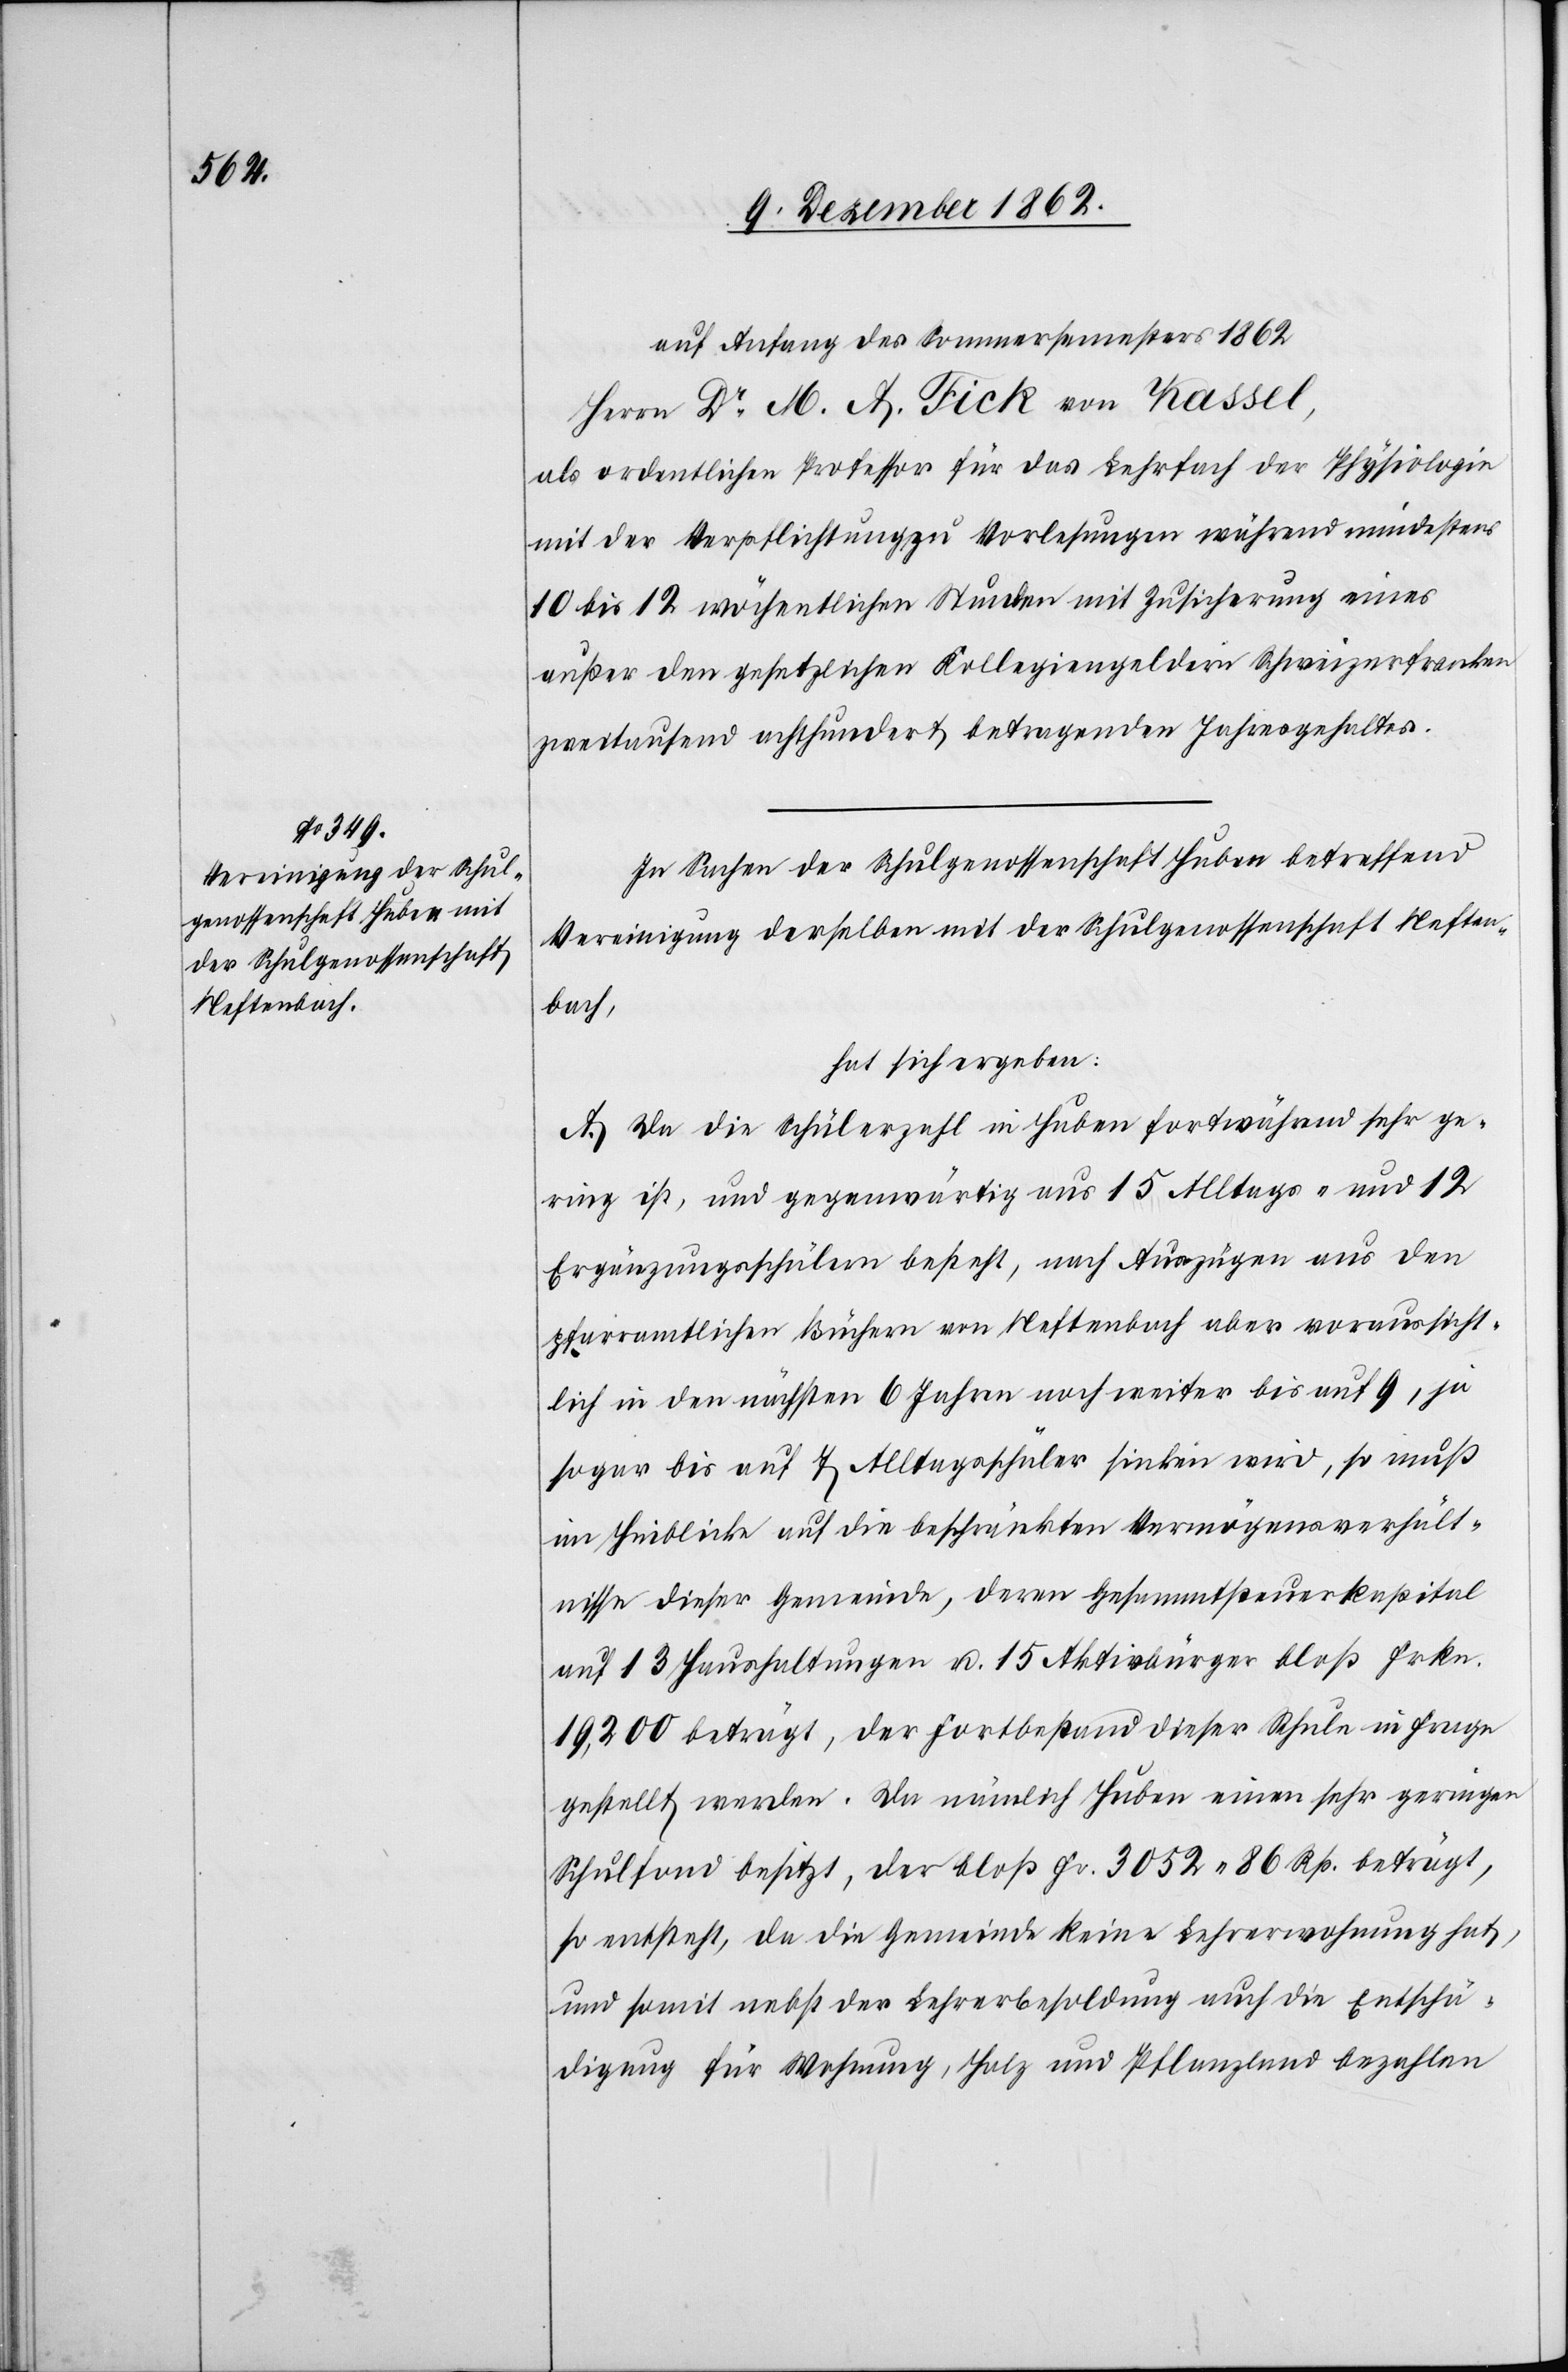
der Schulgenossenschaft
Neftenbach,

auf Anfang des Sommersemesters 1862
Herrn Dr. M. A. Fick von Kassel,
als ordentlichen Professor für das Lehrfach der Physiologie
mit der Verpflichtung zu Vorlesungen während mindestens
10 bis 12 wöchentlichen Stunden mit Zusicherung eines
außer den gesetzlichen Kollegiengeldern Schweizerfranken
zweitausend achthundert betragenden Jahresgehaltes.
In Sachen der Schulgenossenschaft Huben betreffend
hat sich ergeben:
A. Da die Schülerzahl in Huben fortwährend sehr ge¬
ring ist, und gegenwärtig aus 15 Alltags- und 12
Ergänzungsschülern besteht, nach Auszügen aus den
pfarramtlichen Büchern von Neftenbach aber voraussicht¬
lich in den nächsten 6 Jahren noch weiter bis auf 9, ja
sogar bis auf 7 Alltagsschüler sinken wird, so muß
im Hinblicke auf die beschränkten Vermögensverhält¬
nisse dieser Gemeinde, deren Gesammtsteuerkapital
auf 13 Haushaltungen u. 15 Aktivbürger bloß Frkn.
19,200 beträgt, der Fortbestand dieser Schule in Frage
gestellt werden. Da nämlich Huben einen sehr geringen
Schulfond besitzt, der bloß Fr. 3052. 86 Rp. beträgt,
so entsteht, da die Gemeinde keine Lehrerwohnung hat,
und somit nebst der Lehrerbesoldung auch die Entschä¬
digung für Wohnung, Holz und Pflanzland bezahlen